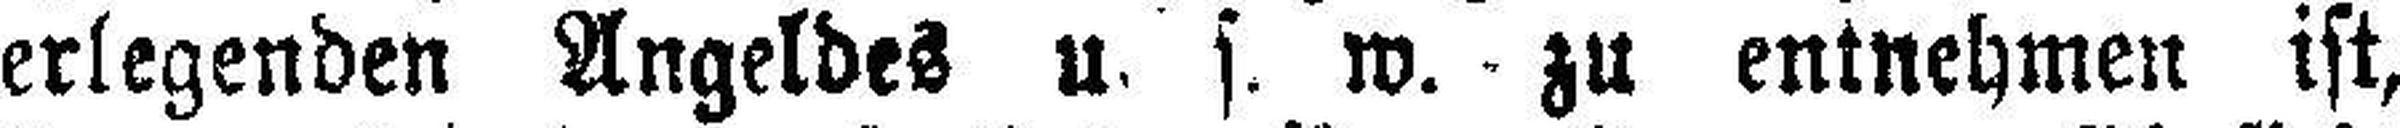
erlegenden Angeldes u. s. w. - zu entnehmen ist,